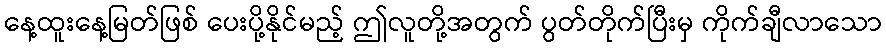
နေ့ထူးနေ့မြတ်ဖြစ် ပေးပို့နိုင်မည့် ဤလူတို့အတွက် ပွတ်တိုက်ပြီးမှ ကိုက်ချီလာသော